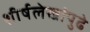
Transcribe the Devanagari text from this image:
शीर्षलेखांपुढे